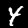
Label: 4